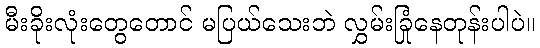
မီးခိုးလုံးတွေတောင် မပြယ်သေးဘဲ လွှမ်းခြုံနေတုန်းပါပဲ။